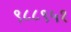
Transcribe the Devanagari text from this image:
९८८९५१